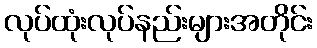
လုပ်ထုံးလုပ်နည်းများအတိုင်း